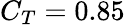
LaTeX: C_{T}=0.85